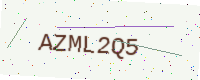
Text: AZML2Q5